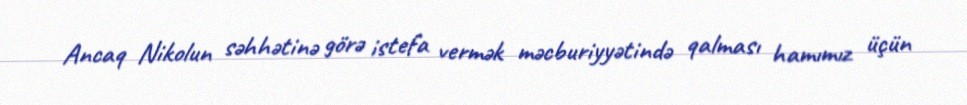
Ancaq Nikolun səhhətinə görə istefa vermək məcburiyyətində qalması hamımız üçün